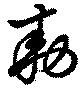
勅